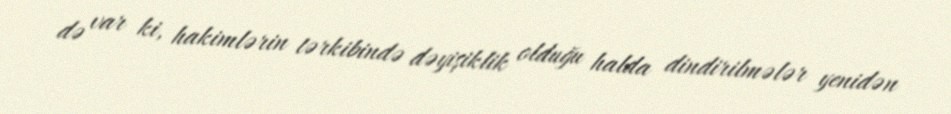
də var ki, hakimlərin tərkibində dəyişiklik olduğu halda dindirilmələr yenidən